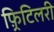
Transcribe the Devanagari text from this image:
फ़्रिटिलरी